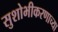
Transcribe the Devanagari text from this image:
सुशोभीकरणाच्या